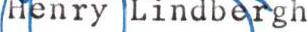
Henry Lindbergh